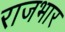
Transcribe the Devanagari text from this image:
राजभार